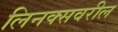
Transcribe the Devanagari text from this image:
लिनक्सवरील